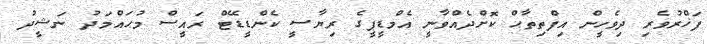
ފަޚްރުވެރި ދިވެހީން އިފްތިތާޙް ކޮށްދެއްވާނީ އެމްޑީޕީގެ ރިޔާސީ ކެންޑީޑޭޓް ރައީސް މުޙައްމަދު ނަޝީދު